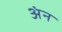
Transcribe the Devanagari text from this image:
अंन